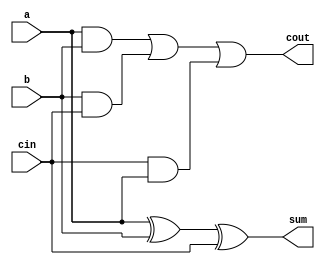
`timescale 1ns / 1ps
//////////////////////////////////////////////////////////////////////////////////
// Company: 
// Engineer: 
// 
// Design Name: 
// Module Name:    full_adder 
// Project Name: 
// Target Devices: 
// Tool versions: 
// Description: 
//
// Dependencies: 
//
// Revision: 
// Revision 0.01 - File Created
// Additional Comments: 
//
//////////////////////////////////////////////////////////////////////////////////
module full_adder(a, b, cin, sum, cout);
	input a;
	input b;
	input cin;
	output sum;
	wire sum;
	output cout;
	wire cout;
	assign sum = a^b^cin;
	assign cout = (a & b) | (b & cin) | (cin & a);
endmodule